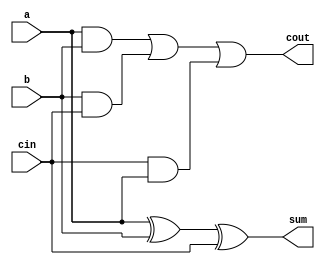
`timescale 1ns / 1ps
//////////////////////////////////////////////////////////////////////////////////
// Company: 
// Engineer: 
// 
// Design Name: 
// Module Name:    full_adder 
// Project Name: 
// Target Devices: 
// Tool versions: 
// Description: 
//
// Dependencies: 
//
// Revision: 
// Revision 0.01 - File Created
// Additional Comments: 
//
//////////////////////////////////////////////////////////////////////////////////
module full_adder(a, b, cin, sum, cout);
	input a;
	input b;
	input cin;
	output sum;
	wire sum;
	output cout;
	wire cout;
	assign sum = a^b^cin;
	assign cout = (a & b) | (b & cin) | (cin & a);
endmodule